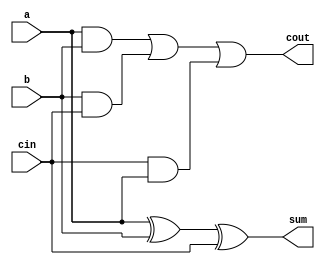
`timescale 1ns / 1ps
//////////////////////////////////////////////////////////////////////////////////
// Company: 
// Engineer: 
// 
// Design Name: 
// Module Name:    full_adder 
// Project Name: 
// Target Devices: 
// Tool versions: 
// Description: 
//
// Dependencies: 
//
// Revision: 
// Revision 0.01 - File Created
// Additional Comments: 
//
//////////////////////////////////////////////////////////////////////////////////
module full_adder(a, b, cin, sum, cout);
	input a;
	input b;
	input cin;
	output sum;
	wire sum;
	output cout;
	wire cout;
	assign sum = a^b^cin;
	assign cout = (a & b) | (b & cin) | (cin & a);
endmodule